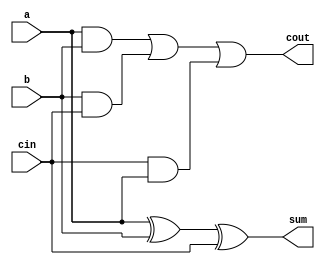
`timescale 1ns / 1ps
//////////////////////////////////////////////////////////////////////////////////
// Company: 
// Engineer: 
// 
// Design Name: 
// Module Name:    full_adder 
// Project Name: 
// Target Devices: 
// Tool versions: 
// Description: 
//
// Dependencies: 
//
// Revision: 
// Revision 0.01 - File Created
// Additional Comments: 
//
//////////////////////////////////////////////////////////////////////////////////
module full_adder(a, b, cin, sum, cout);
	input a;
	input b;
	input cin;
	output sum;
	wire sum;
	output cout;
	wire cout;
	assign sum = a^b^cin;
	assign cout = (a & b) | (b & cin) | (cin & a);
endmodule